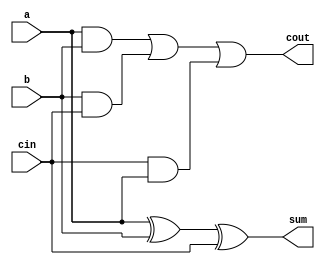
`timescale 1ns / 1ps
//////////////////////////////////////////////////////////////////////////////////
// Company: 
// Engineer: 
// 
// Design Name: 
// Module Name:    full_adder 
// Project Name: 
// Target Devices: 
// Tool versions: 
// Description: 
//
// Dependencies: 
//
// Revision: 
// Revision 0.01 - File Created
// Additional Comments: 
//
//////////////////////////////////////////////////////////////////////////////////
module full_adder(a, b, cin, sum, cout);
	input a;
	input b;
	input cin;
	output sum;
	wire sum;
	output cout;
	wire cout;
	assign sum = a^b^cin;
	assign cout = (a & b) | (b & cin) | (cin & a);
endmodule